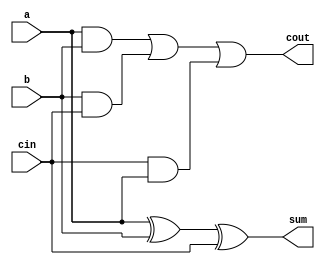
`timescale 1ns / 1ps
//////////////////////////////////////////////////////////////////////////////////
// Company: 
// Engineer: 
// 
// Design Name: 
// Module Name:    full_adder 
// Project Name: 
// Target Devices: 
// Tool versions: 
// Description: 
//
// Dependencies: 
//
// Revision: 
// Revision 0.01 - File Created
// Additional Comments: 
//
//////////////////////////////////////////////////////////////////////////////////
module full_adder(a, b, cin, sum, cout);
	input a;
	input b;
	input cin;
	output sum;
	wire sum;
	output cout;
	wire cout;
	assign sum = a^b^cin;
	assign cout = (a & b) | (b & cin) | (cin & a);
endmodule